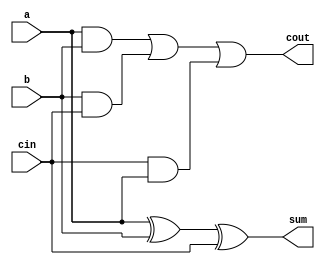
`timescale 1ns / 1ps
//////////////////////////////////////////////////////////////////////////////////
// Company: 
// Engineer: 
// 
// Design Name: 
// Module Name:    full_adder 
// Project Name: 
// Target Devices: 
// Tool versions: 
// Description: 
//
// Dependencies: 
//
// Revision: 
// Revision 0.01 - File Created
// Additional Comments: 
//
//////////////////////////////////////////////////////////////////////////////////
module full_adder(a, b, cin, sum, cout);
	input a;
	input b;
	input cin;
	output sum;
	wire sum;
	output cout;
	wire cout;
	assign sum = a^b^cin;
	assign cout = (a & b) | (b & cin) | (cin & a);
endmodule